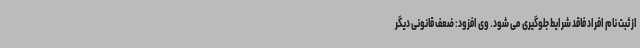
از ثبت نام افراد فاقد شرایط جلوگیری می شود. وی افزود: ضعف قانونی دیگر